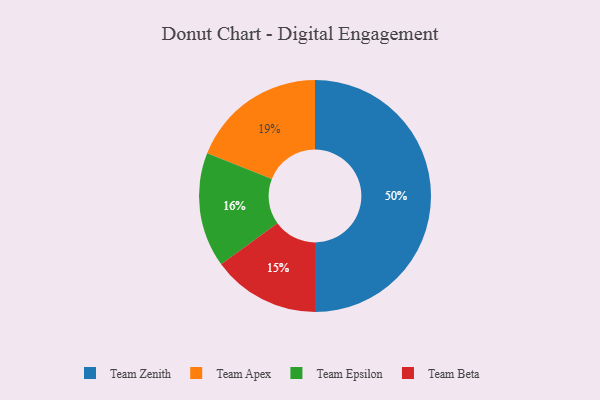
{"axis": {"x": "Category", "y": "Percentage"}, "legend": ["Team Apex", "Team Beta", "Team Epsilon", "Team Zenith"], "data": [{"x": "Team Zenith", "y": 50, "type": "Team Zenith"}, {"x": "Team Epsilon", "y": 16, "type": "Team Epsilon"}, {"x": "Team Apex", "y": 19, "type": "Team Apex"}, {"x": "Team Beta", "y": 15, "type": "Team Beta"}]}